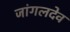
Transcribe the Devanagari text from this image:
जांगलदेव